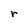
Character: r